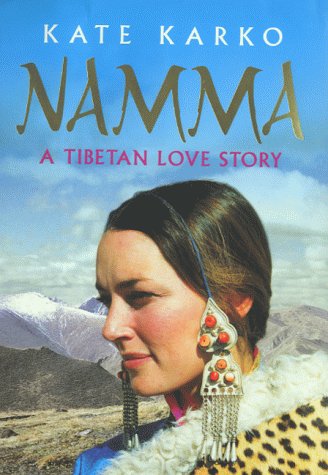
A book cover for Namma: A Tibetan Love Story; Kate Karko; Romance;